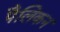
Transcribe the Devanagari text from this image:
पैलिकन